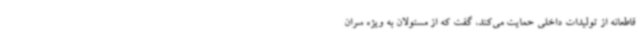
قاطعانه از تولیدات داخلی حمایت می‌کند، گفت که از مسئولان به ویژه سران